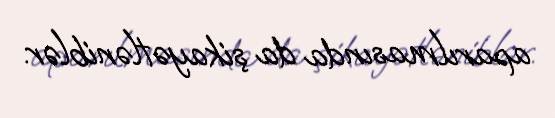
aparılmasında da şikayətləniblər.